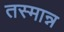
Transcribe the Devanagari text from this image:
तस्मान्न